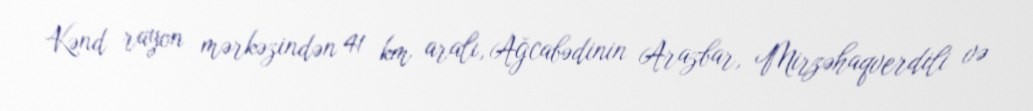
Kənd rayon mərkəzindən 41 km aralı, Ağcabədinin Arazbar, Mirzəhaqverdili və